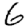
Digit: 6